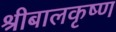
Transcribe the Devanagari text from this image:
श्रीबालकृष्ण